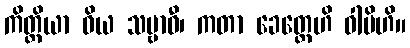
ကိတ္တိယာ ဝိယ သမ္ဗာဓီ၊ ကတာ ခေတ္တေဟိ ဝါပိဟိ။